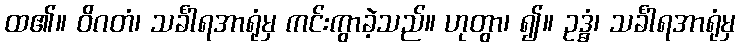
ထ၏။ ဝိဂတံ၊ သင်္ခါရအာရုံမှ ကင်းကွာခဲ့သည်။ ဟုတွာ၊ ၍။ ဥဒ္ဓံ၊ သင်္ခါရအာရုံမှ